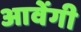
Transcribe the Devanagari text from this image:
आवेंगी